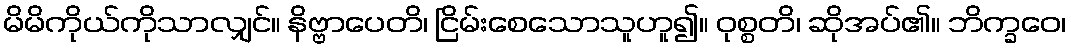
မိမိကိုယ်ကိုသာလျှင်။ နိဗ္ဗာပေတိ၊ ငြိမ်းစေသောသူဟူ၍။ ဝုစ္စတိ၊ ဆိုအပ်၏။ ဘိက္ခဝေ၊